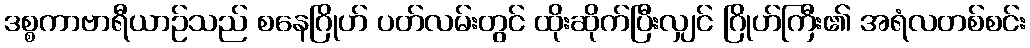
ဒစ္စကာဗာရီယာဉ်သည် စနေဂြိုဟ် ပတ်လမ်းတွင် ထိုးဆိုက်ပြီးလျှင် ဂြိုဟ်ကြီး၏ အရံလတစ်စင်း